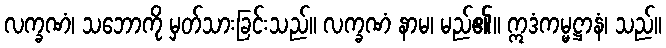
လက္ခဏံ၊ သဘောကို မှတ်သားခြင်းသည်။ လက္ခဏံ နာမ၊ မည်၏။ ဣဒံကမ္မဋ္ဌာနံ၊ သည်။